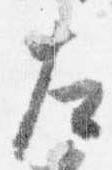
左